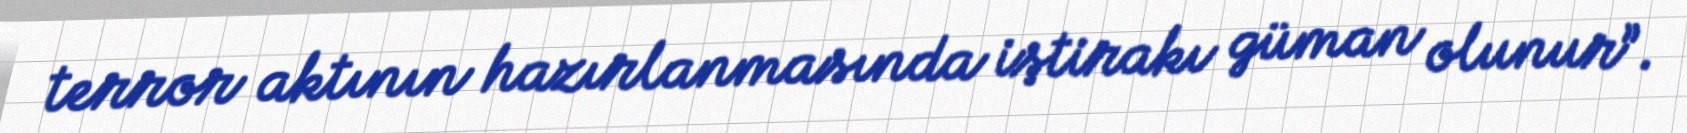
terror aktının hazırlanmasında iştirakı güman olunur”.